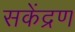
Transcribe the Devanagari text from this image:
सकेंद्रण